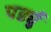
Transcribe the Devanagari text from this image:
पर्ड्यु